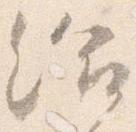
給